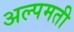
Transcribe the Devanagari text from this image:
अल्पमती